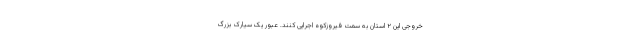
خروجی این ۲ استان به سمت فیروزکوه اجرایی کنند. عبور یک سیارک بزرگ